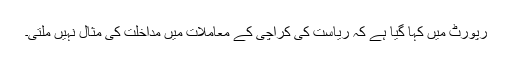
رپورٹ میں کہا گیا ہے کہ ریاست کی کراچی کے معاملات میں مداخلت کی مثال نہیں ملتی۔